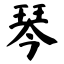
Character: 琴